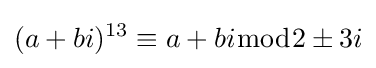
(a+bi)^{13}\equiv a+bi{\bmod {2}}\pm 3i